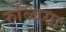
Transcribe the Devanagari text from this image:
रुब्बिया